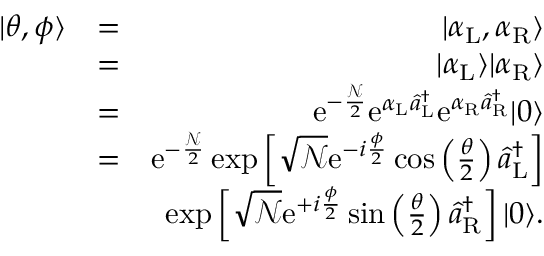
\begin{array} { r l r } { | \theta , \phi \rangle } & { = } & { | \alpha _ { \mathrm { L } } , \alpha _ { \mathrm { R } } \rangle } \\ & { = } & { | \alpha _ { \mathrm { L } } \rangle | \alpha _ { \mathrm { R } } \rangle } \\ & { = } & { \mathrm { e } ^ { - \frac { \mathcal N } { 2 } } \mathrm { e } ^ { \alpha _ { \mathrm { L } } \hat { a } _ { \mathrm { L } } ^ { \dagger } } \mathrm { e } ^ { \alpha _ { \mathrm { R } } \hat { a } _ { \mathrm { R } } ^ { \dagger } } | 0 \rangle } \\ & { = } & { \mathrm { e } ^ { - \frac { \mathcal N } { 2 } } \exp \left[ \sqrt { { \mathcal N } } \mathrm { e } ^ { - i \frac { \phi } { 2 } } \cos \left( \frac { \theta } { 2 } \right) \hat { a } _ { \mathrm { L } } ^ { \dagger } \right] } \\ & { } & { \exp \left[ \sqrt { { \mathcal N } } \mathrm { e } ^ { + i \frac { \phi } { 2 } } \sin \left( \frac { \theta } { 2 } \right) \hat { a } _ { \mathrm { R } } ^ { \dagger } \right] | 0 \rangle . } \end{array}